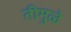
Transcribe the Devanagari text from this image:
तीमुळे